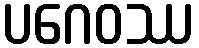
ပဂေဝဿ